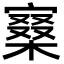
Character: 𡪧